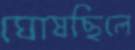
ঘোষছিলে